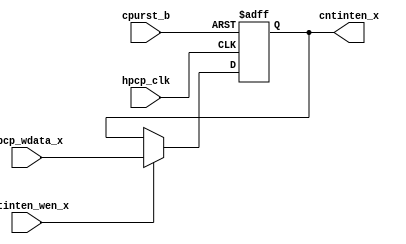
// This program was cloned from: https://github.com/T-head-Semi/openc906
// License: Apache License 2.0

/*Copyright 2020-2021 T-Head Semiconductor Co., Ltd.

Licensed under the Apache License, Version 2.0 (the "License");
you may not use this file except in compliance with the License.
You may obtain a copy of the License at

    http://www.apache.org/licenses/LICENSE-2.0

Unless required by applicable law or agreed to in writing, software
distributed under the License is distributed on an "AS IS" BASIS,
WITHOUT WARRANTIES OR CONDITIONS OF ANY KIND, either express or implied.
See the License for the specific language governing permissions and
limitations under the License.
*/

// &ModuleBeg; @22
module aq_hpcp_cntinten_reg(
  cntinten_wen_x,
  cntinten_x,
  cpurst_b,
  hpcp_clk,
  hpcp_wdata_x
);

// &Ports; @23
input        cntinten_wen_x; 
input        cpurst_b;      
input        hpcp_clk;      
input        hpcp_wdata_x;  
output       cntinten_x;    

// &Regs; @24
reg          cntinten_x;    

// &Wires @25
wire         cntinten_wen_x; 
wire         cpurst_b;      
wire         hpcp_clk;      
wire         hpcp_wdata_x;  


always @(posedge hpcp_clk or negedge cpurst_b)
begin
  if(!cpurst_b)
      cntinten_x <= 1'b0;
  else if(cntinten_wen_x) 
      cntinten_x <= hpcp_wdata_x;
  else
      cntinten_x <= cntinten_x;
end

// &Force("output","cntinten_x"); @37
// &ModuleEnd; @38
endmodule